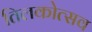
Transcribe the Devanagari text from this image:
तिलकोत्सव